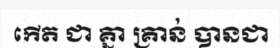
កើត ជា គ្នា គ្រាន់ បានជា